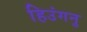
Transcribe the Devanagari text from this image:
हिउंगनु